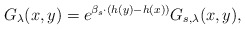
\begin{align*}G_{\lambda}(x,y)=e^{\beta_s \cdot (h(y)-h(x))}G_{s, \lambda}(x,y),\end{align*}